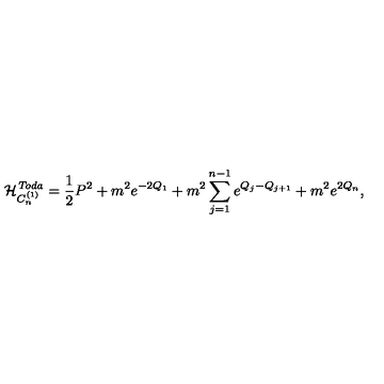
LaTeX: \mathcal { H } _ { C _ { n } ^ { ( 1 ) } } ^ { \mathit { T o d a } } = { \frac { 1 } { 2 } } P ^ { 2 } + m ^ { 2 } e ^ { - 2 Q _ { 1 } } + m ^ { 2 } \sum _ { j = 1 } ^ { n - 1 } e ^ { Q _ { j } - Q _ { j + 1 } } + m ^ { 2 } e ^ { 2 Q _ { n } } ,